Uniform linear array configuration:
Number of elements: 64
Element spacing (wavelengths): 0.25
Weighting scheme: blackman
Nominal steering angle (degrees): -60
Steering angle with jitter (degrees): -59.783
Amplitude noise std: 0.05
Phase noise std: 0.05

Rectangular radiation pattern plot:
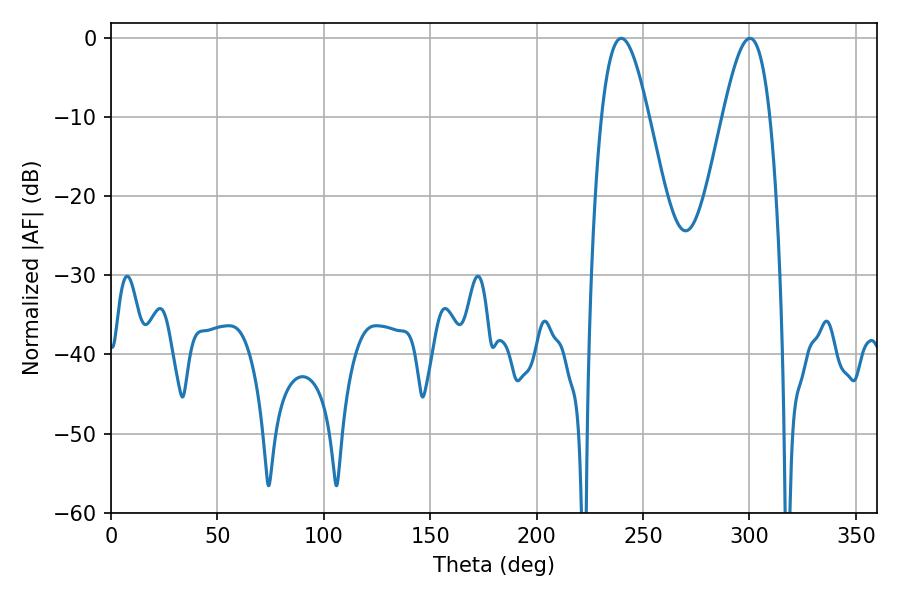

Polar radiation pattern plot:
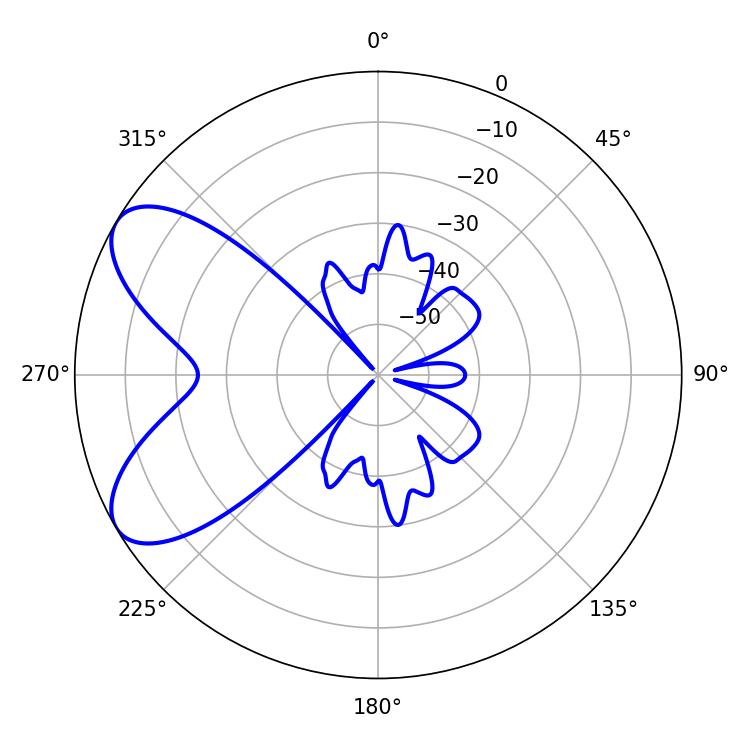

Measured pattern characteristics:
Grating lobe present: FALSE
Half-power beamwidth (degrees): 11.88
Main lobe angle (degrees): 239.76